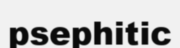
psephitic